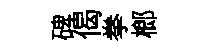
碑偈拳榔